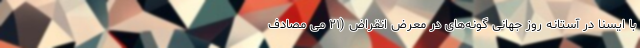
با ایسنا در آستانه روز جهانی گونه‌های در معرض انقراض (۲۱ می مصادف